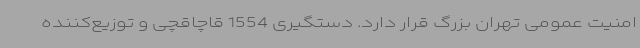
امنیت عمومی تهران بزرگ قرار دارد. دستگیری 1554 قاچاقچی و توزیع‌کننده